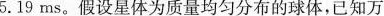
5.19ms。假设星体为质量均匀分布的球体，已知万